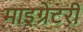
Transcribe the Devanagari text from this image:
माइग्रेटरी